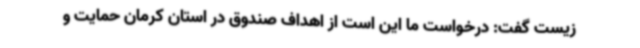
زیست گفت: درخواست ما این است از اهداف صندوق در استان کرمان حمایت و